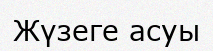
Жүзеге асуы